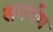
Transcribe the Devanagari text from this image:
समर्थथ